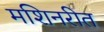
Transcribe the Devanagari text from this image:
मशिनरीत